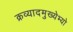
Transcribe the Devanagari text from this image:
क्रव्यादमुख्येभ्यो